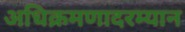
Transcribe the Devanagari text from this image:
अधिक्रमणादरम्यान